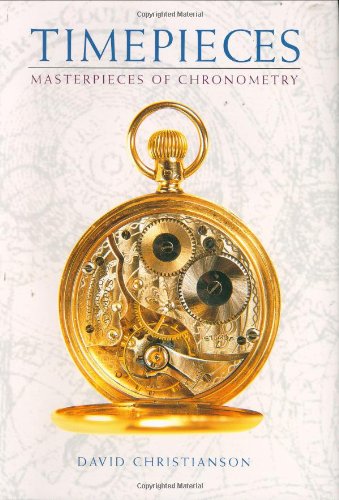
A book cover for Timepieces: Masterpieces of Chronometry; David Christianson; Crafts, Hobbies & Home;